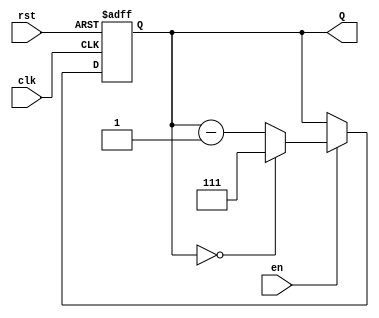
module binary_down_counter (
    input wire clk,         // Clock signal
    input wire rst,         // Asynchronous reset signal
    input wire en,          // Enable signal
    output reg [N-1:0] Q    // Output count
);
    parameter N = 3;        // Counter width (for 3-bit, max value is 7)

    // Declare a constant for maximum value based on parameter N
    localparam MAX_COUNT = (1 << N) - 1; // 2^N - 1

    // Asynchronous reset and counter logic
    always @(posedge clk or posedge rst) begin
        if (rst) begin
            Q <= MAX_COUNT;  // Reset to max value
        end else if (en) begin
            if (Q == 0) begin
                Q <= MAX_COUNT;  // Wrap around to max value
            end else begin
                Q <= Q - 1;      // Decrement count
            end
        end
    end
endmodule